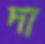
দা